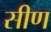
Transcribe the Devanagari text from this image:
सीण